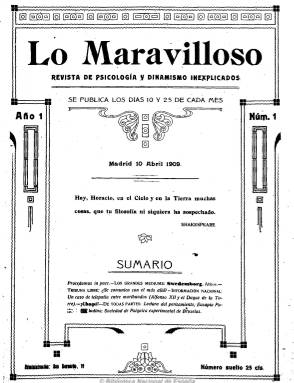
Título: Lo Maravilloso (Madrid)
Colección: Espiritismo
Ámbito geográfico: Madrid
Lugar de publicación: Madrid
Fechas: 10/04/1909-30/03/1910

Subtitulada “revista de psicología y dinamismo inexplicados”, es una publicación espiritista, de hipnotismo y telepatía, que inserta artículos así como narraciones de casos y experiencias relacionadas con esta doctrina que empezó a extenderse a partir de la segunda mitad del siglo diecinueve. También incluye biografías de “grandes médiums”, algunas notas bibliográficas e información española y extranjera sobre estos asuntos, así como algunas fotografías y anuncios publicitarios. Publicó 24 números, de 16 páginas cada uno, entre 1910 y 1910, con periodicidad quincenal, los días 10 y 25 de cada mes.